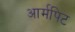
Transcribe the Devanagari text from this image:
आर्मपिट